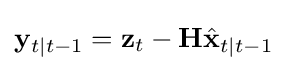
\mathbf {y} _{t\mid t-1}=\mathbf {z} _{t}-\mathbf {H} {\hat {\mathbf {x} }}_{t\mid t-1}